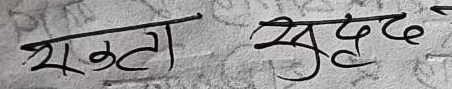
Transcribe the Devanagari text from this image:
सठटा सुदृढ